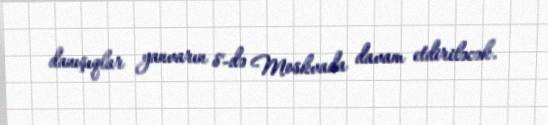
danışıqlar yanvarın 8-də Moskvada davam etdiriləcək.